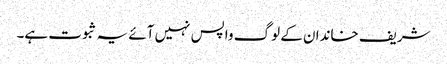
شریف خاندان کے لوگ واپس نہیں آئے یہ ثبوت ہے۔